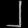
Digit: ၂